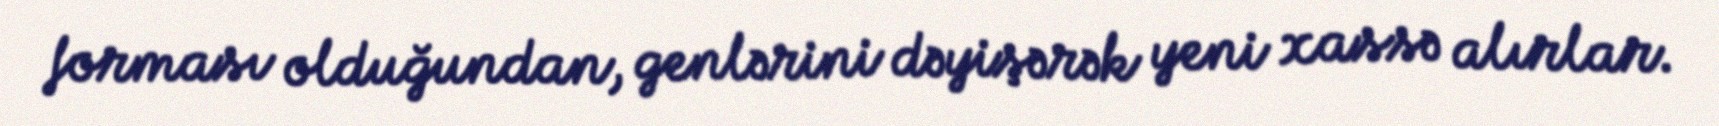
forması olduğundan, genlərini dəyişərək yeni xassə alırlar.